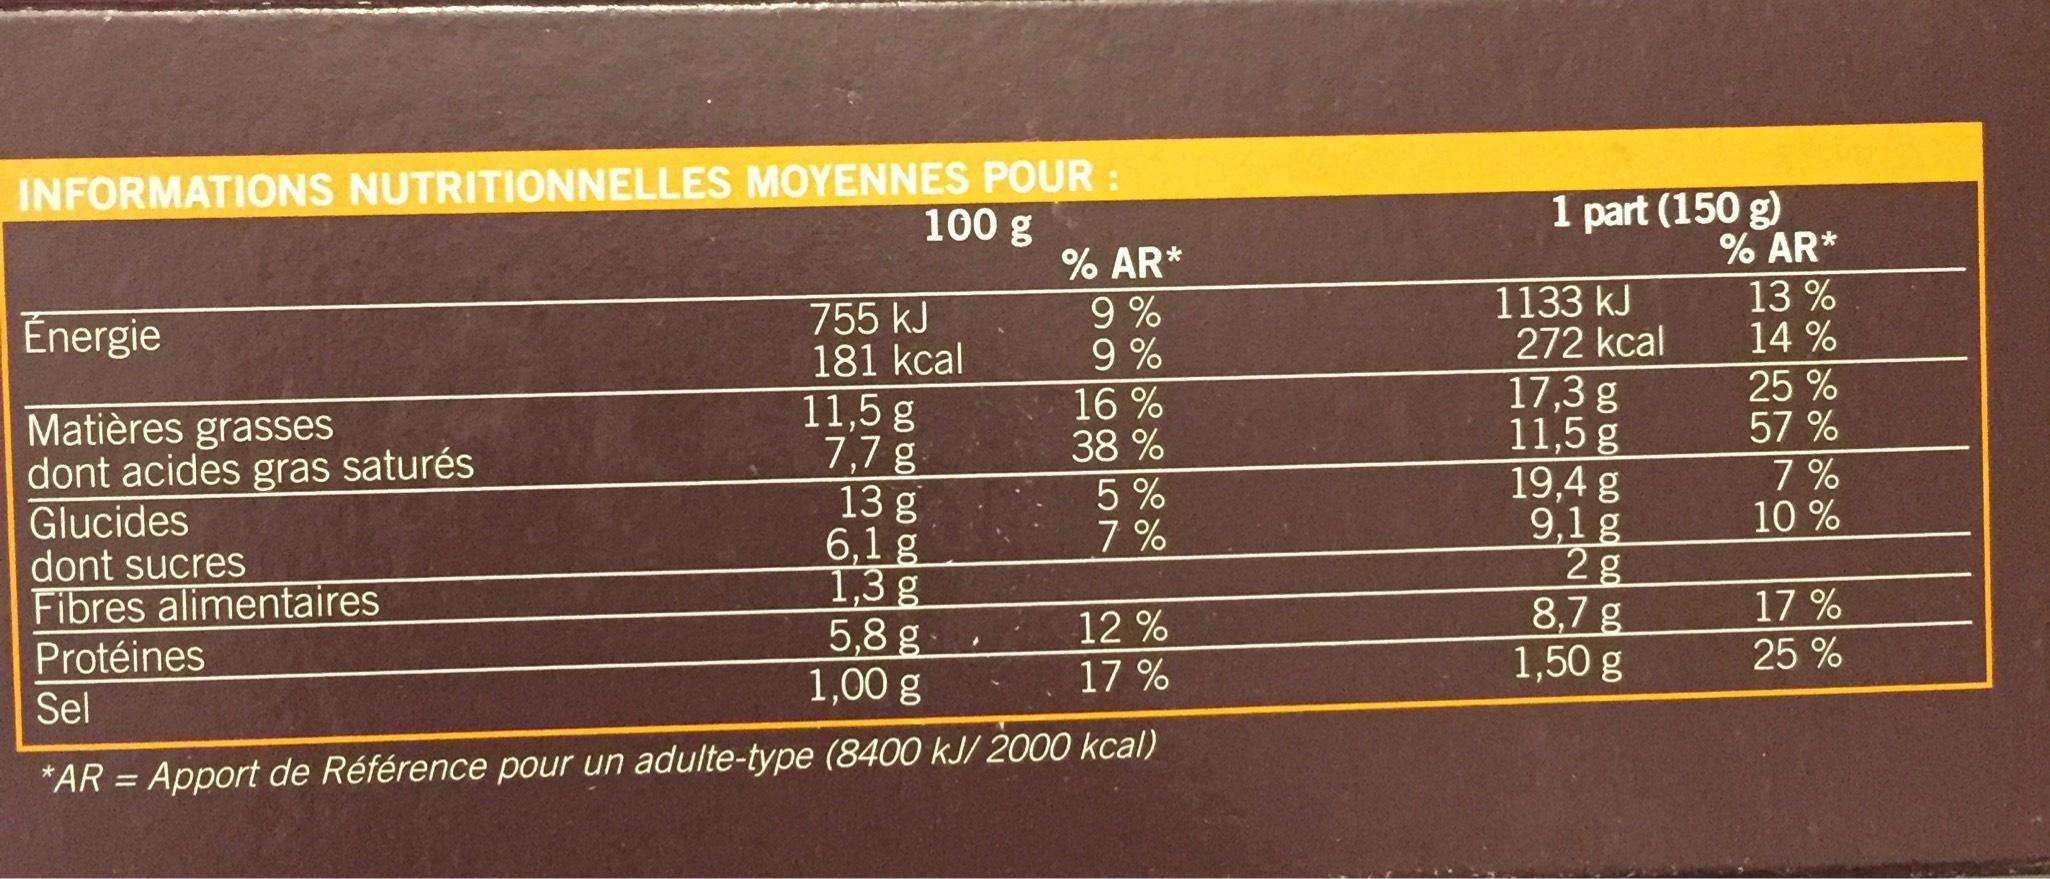
INFORMATIONS NUTRITIONNELLES MOYENNES POUR :
100 g
Énergie
Matières grasses
dont acides gras saturés
Glucides
dont sucres
Fibres alimentaires
Protéines
755 kJ
181 kcal
11,5 g
7,7 g
% AR*
9% 9%
16 %
38 %
13 g
6,1 g
1,3 g
5,8 g
12%
1,00 g
17%
Sel
*AR = Apport de Référence pour un adulte-type (8400 kJ/ 2000 kcal)
5%
7%
1 part (150 g)
1133 kJ
272 kcal
17,3 g
11,5 g
19,4 g
9,1 g
2 g
8,7 g
1,50 g
% AR*
13 %
14% 25 %
57 %
7%
10%
17%
25%